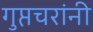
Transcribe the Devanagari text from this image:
गुप्तचरांनी